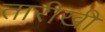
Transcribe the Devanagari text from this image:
तारीखी